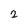
Character: 2